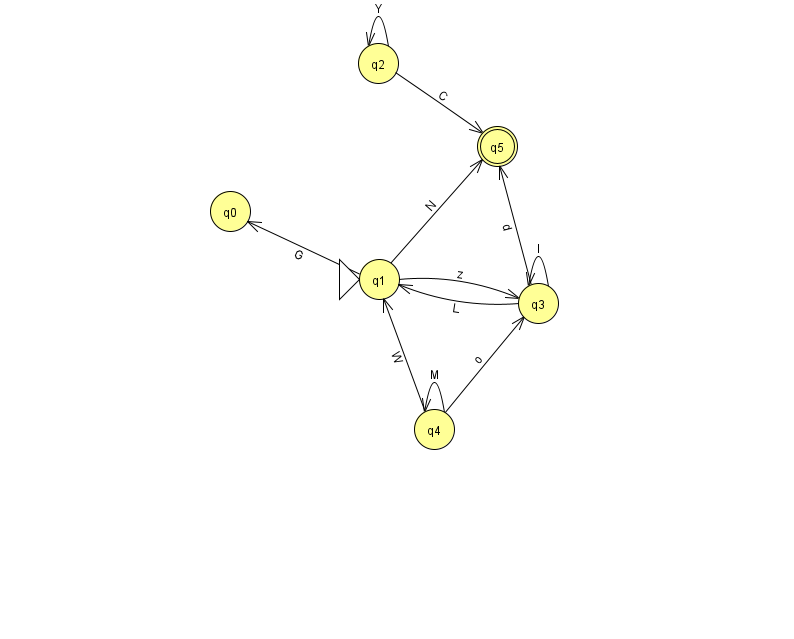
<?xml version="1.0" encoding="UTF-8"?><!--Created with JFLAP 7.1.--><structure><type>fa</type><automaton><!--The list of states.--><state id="0" name="q0"><x>230.0</x><y>198.0</y></state><state id="1" name="q1"><x>379.0</x><y>266.0</y><initial/></state><state id="2" name="q2"><x>378.0</x><y>50.0</y></state><state id="3" name="q3"><x>538.0</x><y>290.0</y></state><state id="4" name="q4"><x>434.0</x><y>416.0</y></state><state id="5" name="q5"><x>497.0</x><y>133.0</y><final/></state><!--The list of transitions.--><transition><from>3</from><to>1</to><read>L</read></transition><transition><from>1</from><to>3</to><read>z</read></transition><transition><from>4</from><to>1</to><read>W</read></transition><transition><from>2</from><to>2</to><read>Y</read></transition><transition><from>3</from><to>3</to><read>I</read></transition><transition><from>2</from><to>5</to><read>C</read></transition><transition><from>3</from><to>5</to><read>d</read></transition><transition><from>4</from><to>4</to><read>M</read></transition><transition><from>4</from><to>3</to><read>o</read></transition><transition><from>1</from><to>0</to><read>G</read></transition><transition><from>1</from><to>5</to><read>N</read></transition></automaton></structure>